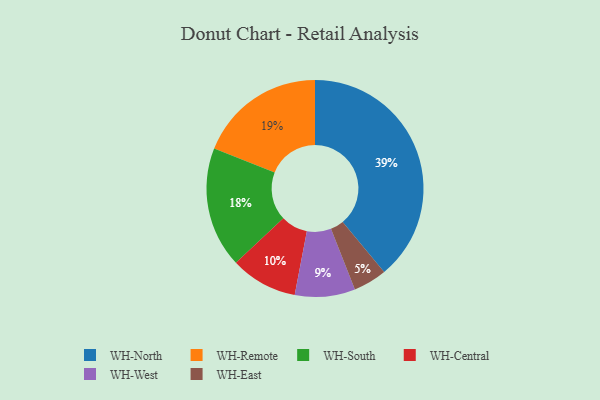
{"axis": {"x": "Category", "y": "Percentage"}, "legend": ["WH-Central", "WH-East", "WH-North", "WH-Remote", "WH-South", "WH-West"], "data": [{"x": "WH-West", "y": 9, "type": "WH-West"}, {"x": "WH-Remote", "y": 19, "type": "WH-Remote"}, {"x": "WH-North", "y": 39, "type": "WH-North"}, {"x": "WH-Central", "y": 10, "type": "WH-Central"}, {"x": "WH-East", "y": 5, "type": "WH-East"}, {"x": "WH-South", "y": 18, "type": "WH-South"}]}